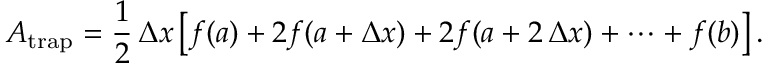
A _ { \mathrm { t r a p } } = { \frac { 1 } { 2 } } \, \Delta x \left[ f ( a ) + 2 f ( a + \Delta x ) + 2 f ( a + 2 \, \Delta x ) + \cdots + f ( b ) \right] .